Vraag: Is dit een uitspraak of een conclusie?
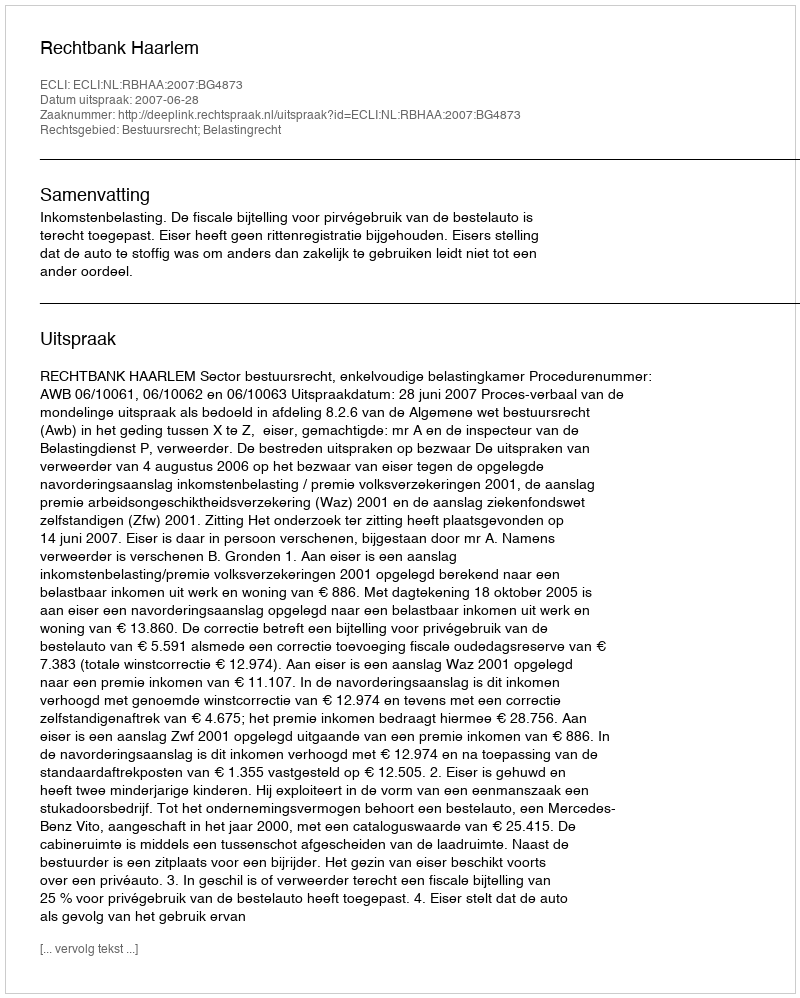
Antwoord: Uitspraak